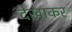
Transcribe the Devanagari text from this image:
देखाकर